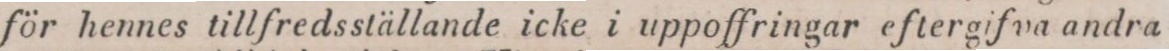
för hennes tillfredsställande icke i uppoffringar eftergifva andra